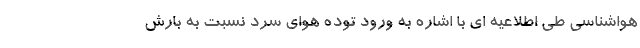
هواشناسی طی اطلاعیه ای با اشاره به ورود توده هوای سرد نسبت به بارش